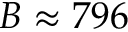
B \approx 7 9 6